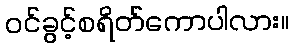
ဝင်ခွင့်စရိတ်ကောပါလား။